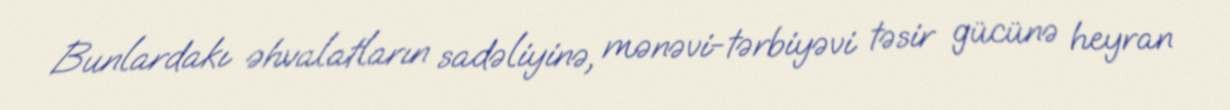
Bunlardakı əhvalatların sadəliyinə, mənəvi-tərbiyəvi təsir gücünə heyran